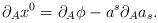
LaTeX: \begin{align*}\partial _Ax^0=\partial _A\phi -a^s\partial _Aa_s. \end{align*}